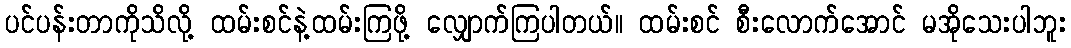
ပင်ပန်းတာကိုသိလို့ ထမ်းစင်နဲ့ထမ်းကြဖို့ လျှောက်ကြပါတယ်။ ထမ်းစင် စီးလောက်အောင် မအိုသေးပါဘူး